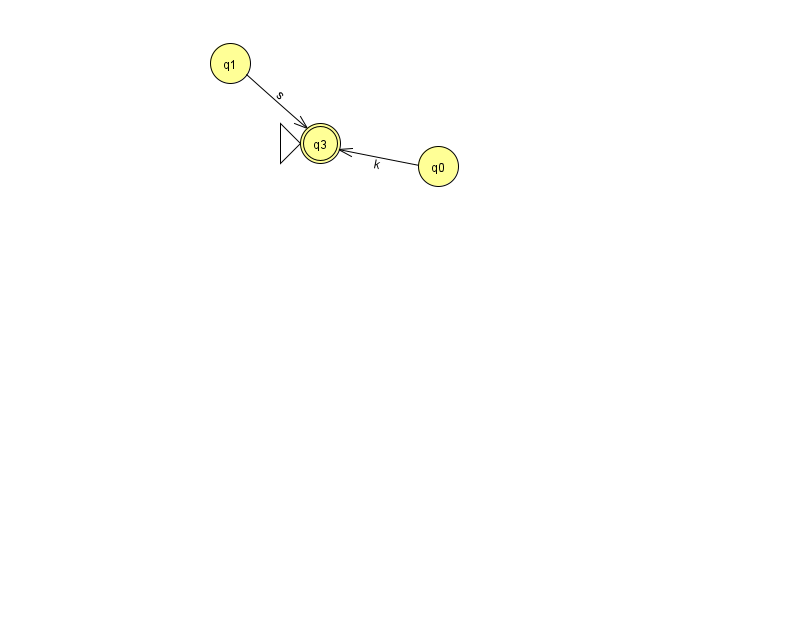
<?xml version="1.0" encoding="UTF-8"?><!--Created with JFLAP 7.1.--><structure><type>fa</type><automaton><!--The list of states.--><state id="0" name="q0"><x>438.0</x><y>153.0</y></state><state id="1" name="q1"><x>230.0</x><y>50.0</y></state><state id="3" name="q3"><x>320.0</x><y>130.0</y><initial/><final/></state><!--The list of transitions.--><transition><from>0</from><to>3</to><read>k</read></transition><transition><from>1</from><to>3</to><read>s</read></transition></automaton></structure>